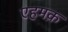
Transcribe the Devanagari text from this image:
एहमक़